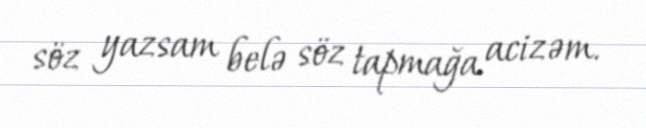
söz yazsam belə söz tapmağa acizəm.